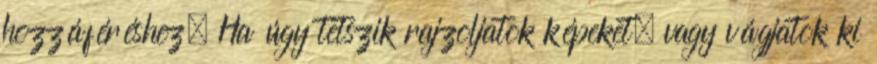
hozzáféréshez. Ha úgy tetszik rajzoljatok képeket, vagy vágjatok ki